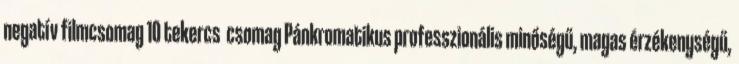
negatív filmcsomag 10 tekercs csomag Pánkromatikus professzionális minőségű, magas érzékenységű,